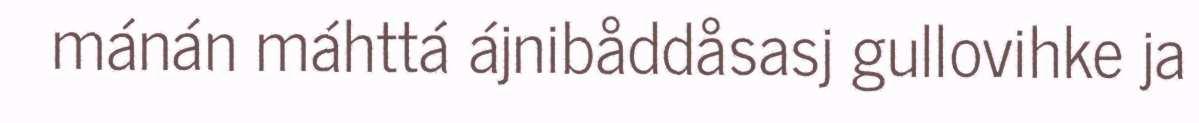
mánán máhttá ájnibåddåsasj gullovihke ja